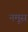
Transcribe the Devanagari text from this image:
नमूस